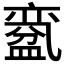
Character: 𱲗